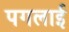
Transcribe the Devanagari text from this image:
पगलाई